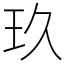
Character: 玖